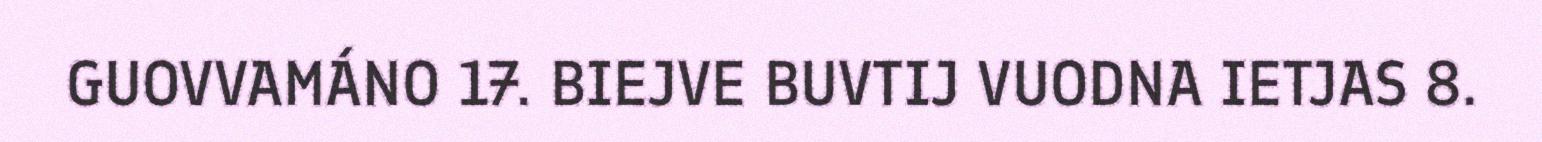
GUOVVAMÁNO 17. BIEJVE BUVTIJ VUODNA IETJAS 8.